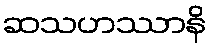
ဆသဟဿာနိ